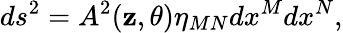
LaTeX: ds^{2}=A^{2}(\mathbf{z},\theta)\eta_{MN}dx^{M}dx^{N},